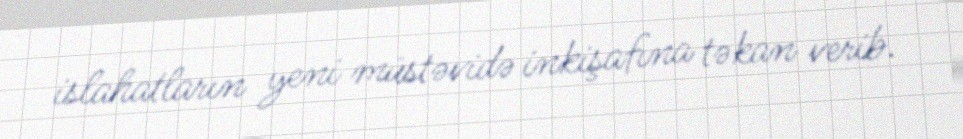
islahatların yeni müstəvidə inkişafına təkan verib.